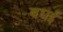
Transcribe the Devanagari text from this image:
बधई